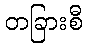
တခြားစီ